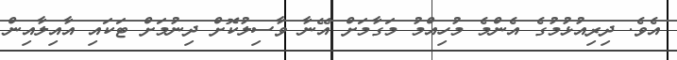
އެވެ. ދިރިއުޅުމުގެ އެންމެ މުހިއްމު މަގާމަށް އޭނާ ވާސިލުކޮށް ދިނުމަށް ޓަކައި އާއިލާއިން